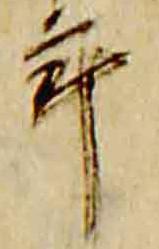
年